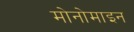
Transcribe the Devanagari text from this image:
मोनोमाइन